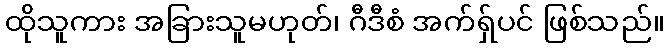
ထိုသူကား အခြားသူမဟုတ်၊ ဂီဒီစံ အက်ရှ်ပင် ဖြစ်သည်။